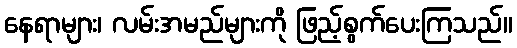
နေရာများ၊ လမ်းအမည်များကို ဖြည့်စွက်ပေးကြသည်။